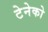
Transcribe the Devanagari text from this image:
टेनेको